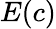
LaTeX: E(c)